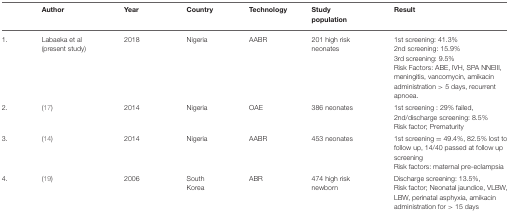
<table><thead><tr><td></td><td><b>Author</b></td><td><b>Year</b></td><td><b>Country</b></td><td><b>Technology</b></td><td><b>Study population</b></td><td><b>Result</b></td></tr></thead><tbody><tr><td>1.</td><td>Labaeka et al (present study)</td><td>2018</td><td>Nigeria</td><td>AABR</td><td>201 high risk neonates</td><td>1st screening: 41.3%2nd screening: 15.9%3rd screening: 9.5%Risk Factors: ABE, IVH, SPA NNEIII, meningitis, vancomycin, amikacin administration &gt; 5 days, recurrent apnoea.</td></tr><tr><td>2.</td><td>(17)</td><td>2014</td><td>Nigeria</td><td>OAE</td><td>386 neonates</td><td>1st screening : 29% failed,2nd/discharge screening: 8.5%Risk factor; Prematurity</td></tr><tr><td>3.</td><td>(14)</td><td>2014</td><td>Nigeria</td><td>AABR</td><td>453 neonates</td><td>1st screening = 49.4%, 82.5% lost to follow up, 14/40 passed at follow up screeningRisk factors: maternal pre-eclampsia</td></tr><tr><td>4.</td><td>(19)</td><td>2006</td><td>South Korea</td><td>ABR</td><td>474 high risk newborn</td><td>Discharge screening: 13.5%,Risk factor; Neonatal jaundice, VLBW,LBW, perinatal asphyxia, amikacin administration for &gt; 15 days</td></tr></tbody></table>